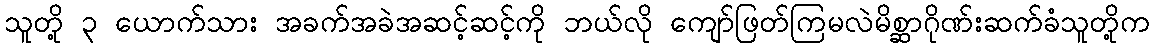
သူတို့ ၃ ယောက်သား အခက်အခဲအဆင့်ဆင့်ကို ဘယ်လို ကျော်ဖြတ်ကြမလဲမိစ္ဆာဂိုဏ်းဆက်ခံသူတို့က